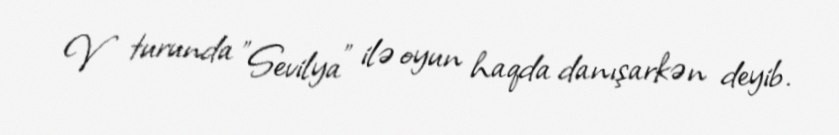
V turunda "Sevilya" ilə oyun haqda danışarkən deyib.